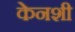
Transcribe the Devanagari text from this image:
केनशी